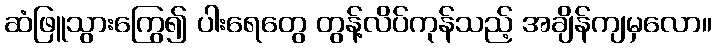
ဆံဖြူသွားကြွေ၍ ပါးရေတွေ တွန့်လိပ်ကုန်သည့် အချိန်ကျမှလော။